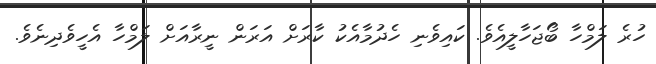
ހުރެ ލަމްހާ ބޯޖަހާލީއެވެ. ކައިވެނި ހެދުމާއެކު ކާރަށް އަރަން ނީރާއަށް ލަމްހާ އެހީވެދިނެވެ.